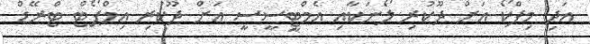
އަދި މިފްކޯ އަށް ދޫކުރި ލޯނަކާއި އެމްޓީސީސީ އަށް ދޫކުރި އިމްޕޯޓް ޓްރޭޑް